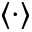
\langle \cdot \rangle